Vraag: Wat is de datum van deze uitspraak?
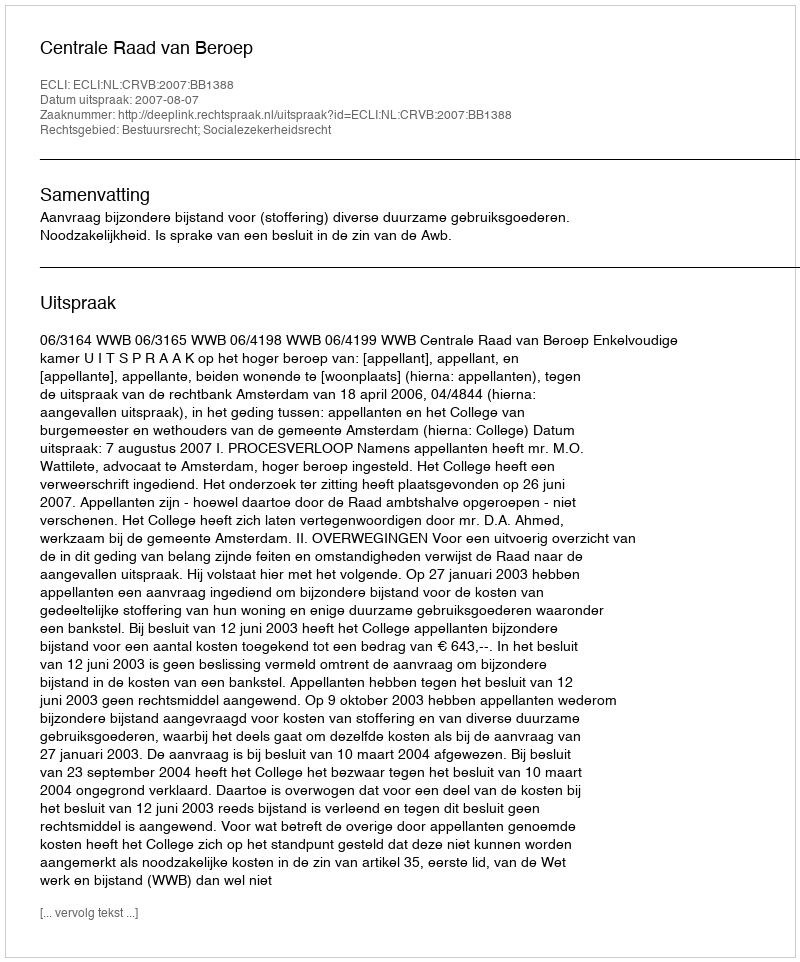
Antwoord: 2007-08-07